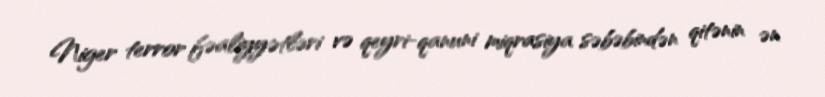
Niger terror fəaliyyətləri və qeyri-qanuni miqrasiya səbəbindən qitənin ən